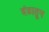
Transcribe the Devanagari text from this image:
दंडातून